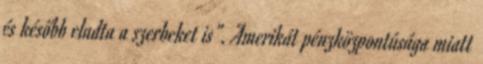
és később eladta a szerbeket is". Amerikát pénzközpontúsága miatt